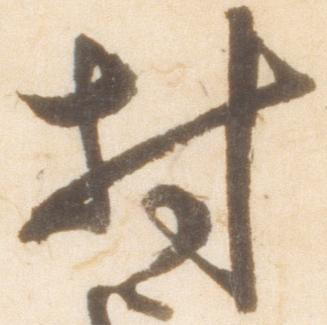
村